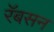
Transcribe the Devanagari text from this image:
रॅबसन